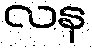
လန